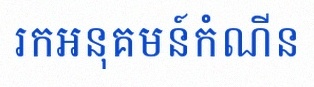
រកអនុគមន៍កំណើន